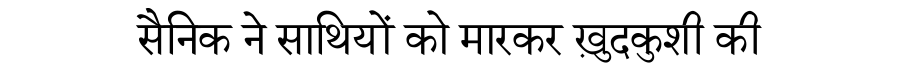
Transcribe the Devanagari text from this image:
सैनिक ने साथियों को मारकर ख़ुदकुशी की